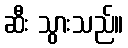
ဆီး သွားသည်။